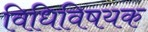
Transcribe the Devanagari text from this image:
विधिविषयक